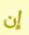
إن